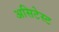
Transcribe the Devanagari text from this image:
असिटेस्ट